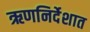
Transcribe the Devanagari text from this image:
ऋणनिर्देशात